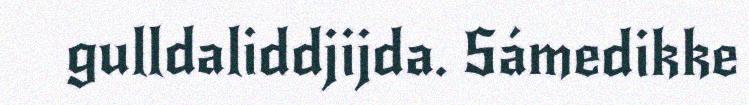
gulldaliddjijda. Sámedikke